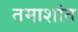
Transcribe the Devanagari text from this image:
तमाशांत